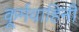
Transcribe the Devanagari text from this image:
कूर्मवाहिनी